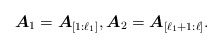
\begin{align*}\boldsymbol{A}_1 = \boldsymbol{A}_{[1:\ell_1]}, \boldsymbol{A}_2 = \boldsymbol{A}_{[\ell_1+1:\ell]}.\end{align*}